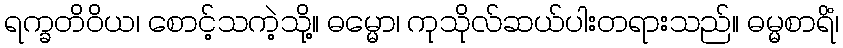
ရက္ခတိဝိယ၊ စောင့်သကဲ့သို့။ ဓမ္မော၊ ကုသိုလ်ဆယ်ပါးတရားသည်။ ဓမ္မစာရိံ၊